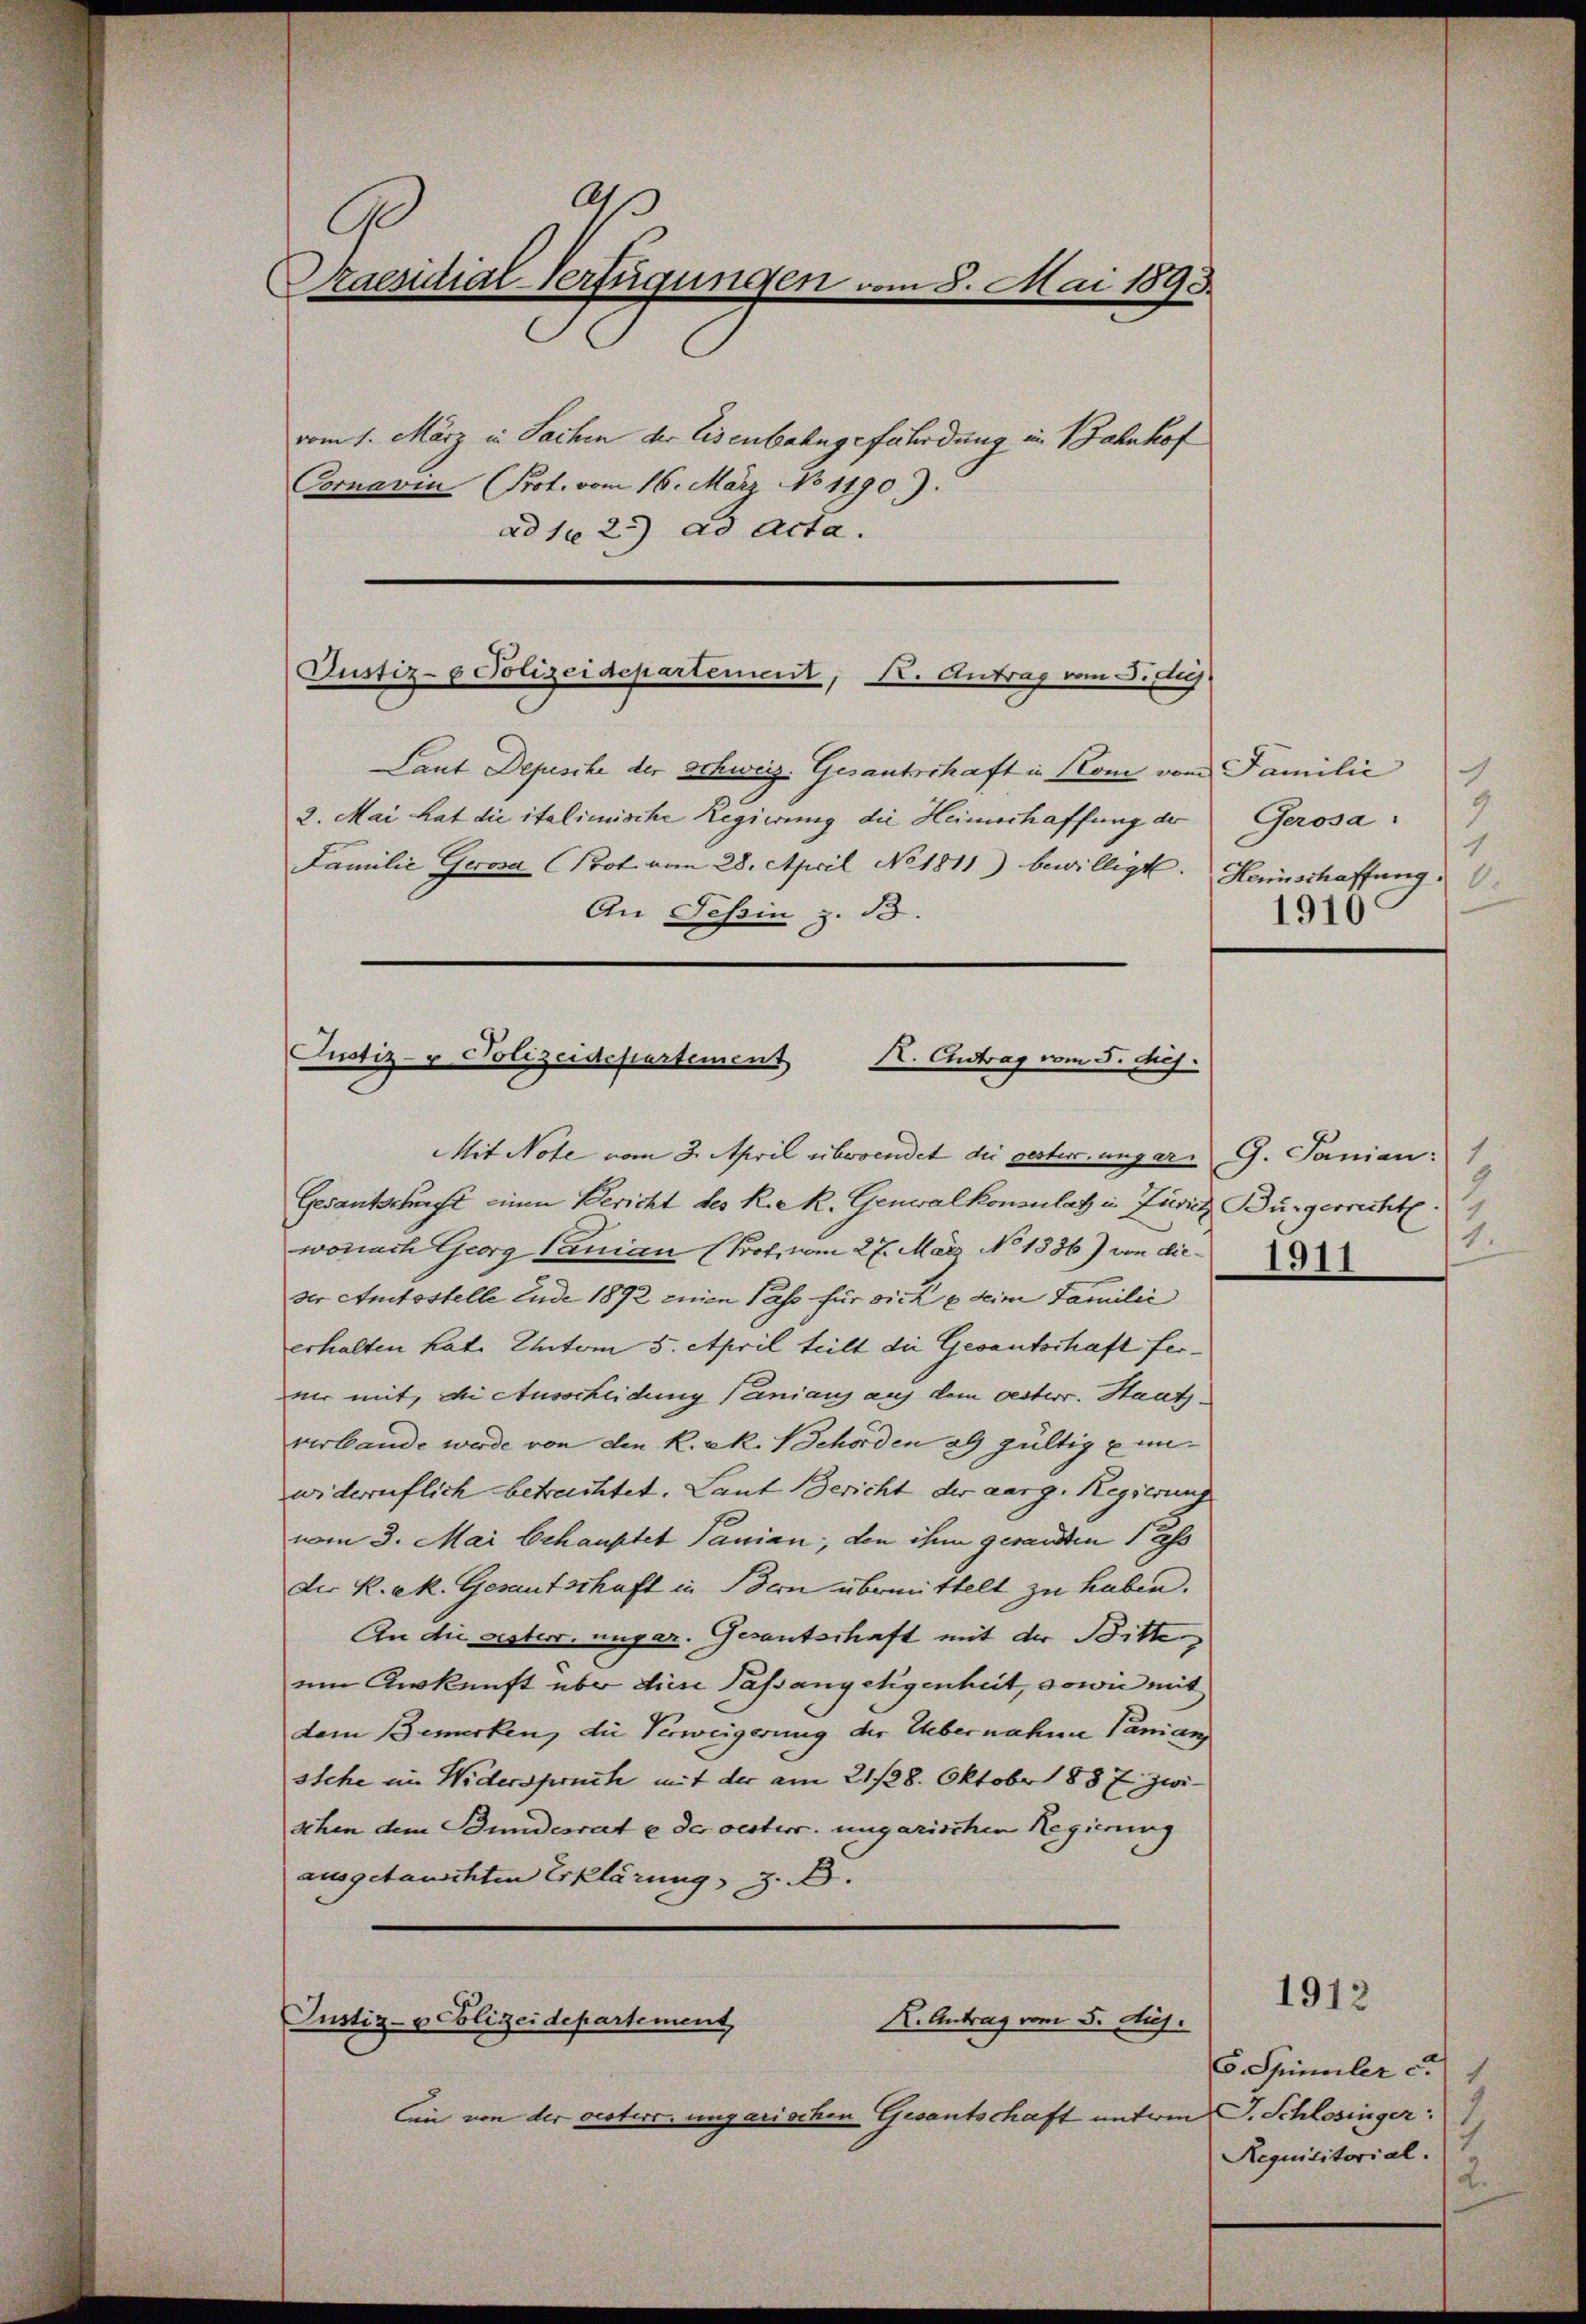
As
G
Praesidial-Verfügungen vom 8. Mai 1893.
vom 1. März in Sachen der Eisenbahngefährdung in Bahnhof
Cornavin (Prot. vom 16. März No 1190).
ad 102) ad acta.

Justiz- & Polizeidepartement, K. Antrag vom J. diej

An Tessin z. B.

Laut Depesche der Schweiz. Gesantschaft in Kom vom Familić
2. Mai hat die italienische Regierung die Heimschaffung der
Familie Gerose Prot. vom 28. April No 1811) bewilligt. Heinschaffung

Justiz- & Polizeidepartement
K. Antrag vom 5. huj.

Mit Note vom 3. April überrendet die gester ungar. G. Janian:
Gesantschaft einen Bericht des R.e R. Genwalkonsulatz in Zusich Bürgerrecht
wonach Georg Lanian (Prof. vom 27. März No 1336) von dieder Amtsstelle Ende 1892 einen Pass für sich u. deim Familie
erhalten hat. Unterm 5. April teilt die Gesantschaft ferni mit, die Ausscheidung Panians auf dem oester. Staatsverlande werde von den K. kk. Behörden als gültig & unwiderruflich betrachtet. Laut Bericht der aarg. Regierung
vom 3. Mai behauptet Panian, den ihm gesandten s
der K. kk. Gesantschaft in Bern übermittelt zu haben.
An die oester. ungar. Gesantschaft mit der Bitte
um Auskunft über diese Passangegenheit, sowie mit
dem Bemerken, die Verweigerung der Uebernahme Panian
stehe im Widerspruch mit der am 21/28. Oktobr 1887 zwischen dem Bundesrat e der oesterr. ungarischen Regierung
ausgetauschten Erklärung 3. d.

Justiz- & Polizeidepartement,
K. Antrag vom 5. Auj.

Ein von der oesters ungarischen Gesantschaft unterm

.
9
Gerosa.
1
1910

)
1.
1911

S. Spinuler c. 1
F. Schlesinger:
Requisitorial.
2.

1912